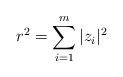
LaTeX: \begin{align*}r^2= \sum_{i=1}^{m} |z_i|^2\end{align*}